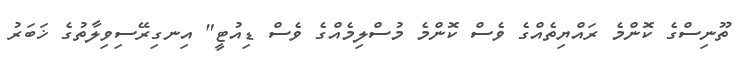
ތޫނިސްގެ ކޮންމެ ރައްޔިތެއްގެ ވެސް ކޮންމެ މުސްލިމެއްގެ ވެސް ޑިއުޓީ" އިނގިރޭސިވިލާތުގެ ޚަބަރު